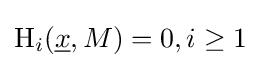
\operatorname {H} _{i}({\underline {x}},M)=0,i\geq 1